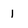
Character: 1